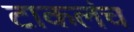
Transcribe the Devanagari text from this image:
टाकलंच